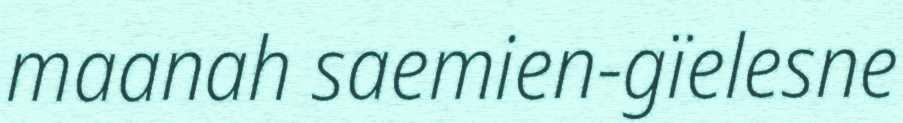
maanah saemien-gïelesne